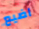
اضيع